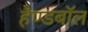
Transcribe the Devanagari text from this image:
हैण्डबॉल